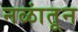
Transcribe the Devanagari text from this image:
नळांतून